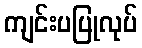
ကျင်းပပြုလုပ်